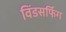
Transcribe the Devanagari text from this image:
विंडसर्फिग